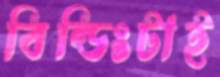
বিল্ডিংটাই